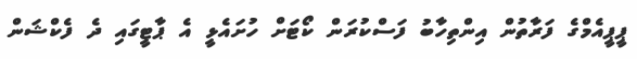
ޕީޕީއެމްގެ ފަރާތުން އިންތިހާބު ފަސްކުރަން ކޯޓަށް ހުށައެޅީ އެ ޕާޓީގައި ދެ ފެކްޝަން